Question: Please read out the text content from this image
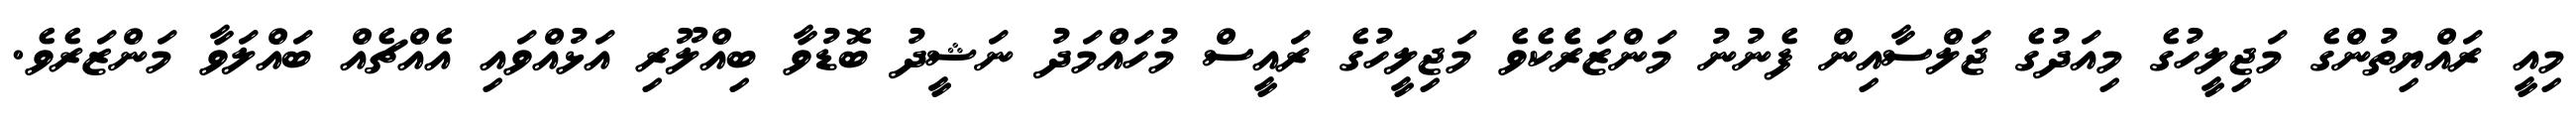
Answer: މިއީ ރައްޔިތުންގެ މަޖިލީހުގެ މިއަދުގެ ޖަލްސާއިން ފެނުނު މަންޒަރެެކެވެ މަޖިލީހުގެ ރައީސް މުހައްމަދު ނަޝީދު ބޮޑުވާ ބިއްލޫރި އަޅުއްވައި އެއްޗެއް ބައްލަވާ މަންޒަރެވެ.